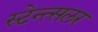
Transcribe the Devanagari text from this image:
स्टेन्त्सलर